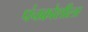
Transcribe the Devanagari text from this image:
पंचक्रोशीला